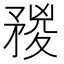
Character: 𥍺